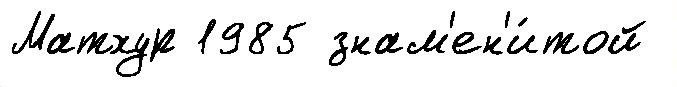
Матхур 1985 знам'ен'и́той